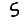
Digit: 5